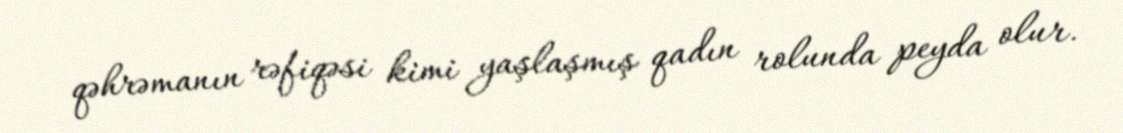
qəhrəmanın rəfiqəsi kimi yaşlaşmış qadın rolunda peyda olur.